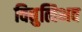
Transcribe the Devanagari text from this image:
विद्युत्विभव